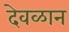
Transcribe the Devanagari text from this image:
देवळान